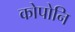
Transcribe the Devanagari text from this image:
कोपोनि